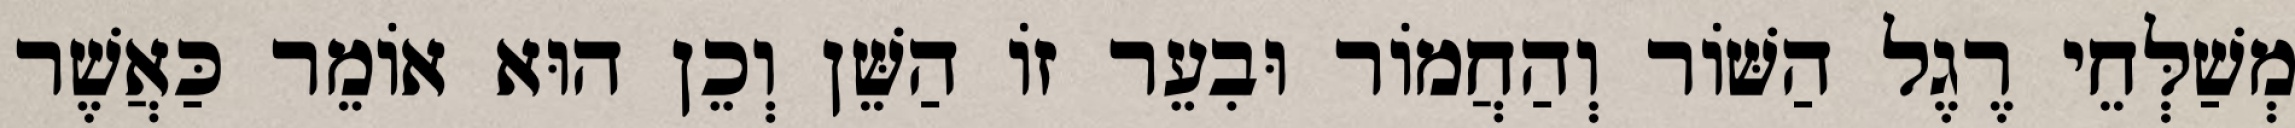
מְשַׁלְּחֵי רֶגֶל הַשּׁוֹר וְהַחֲמוֹר וּבִעֵר זוֹ הַשֵּׁן וְכֵן הוּא אוֹמֵר כַּאֲשֶׁר